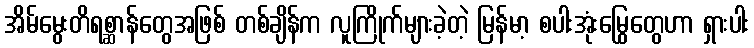
အိမ်မွေးတိရစ္ဆာန်တွေအဖြစ် တစ်ချိန်က လူကြိုက်များခဲ့တဲ့ မြန်မာ့ စပါးအုံးမြွေတွေဟာ ရှားပါး